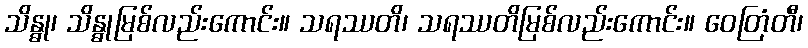
သိန္ဓု၊ သိန္ဓုမြစ်လည်းကောင်း။ သရဿတိ၊ သရဿတိမြစ်လည်းကောင်း။ ဝေတြံတီ၊